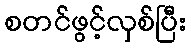
စတင်ဖွင့်လှစ်ပြီး